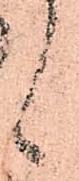
候